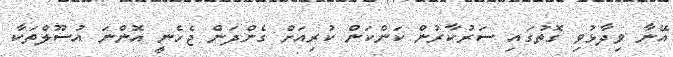
އޭނާ ވިދާޅުވި ގޮތުގައި ސަރުކާރުން ކަންކަން ކުރިއަށް ގެންދަން ޖެހެނީ އޮންނަ އުސޫލްތަކާ